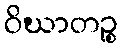
ဝိဃာတဉ္စ